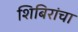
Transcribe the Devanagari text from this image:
शिबिरांचा